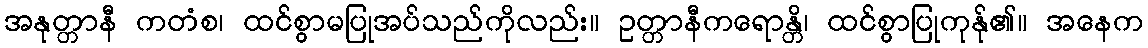
အနုတ္တာနီ ကတံစ၊ ထင်စွာမပြုအပ်သည်ကိုလည်း။ ဥတ္တာနီကရောန္တိ၊ ထင်စွာပြုကုန်ု၏။ အနေက